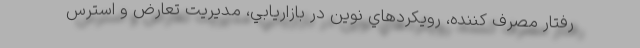
رفتار مصرف كننده، رويكردهاي نوين در بازاريابي، مديريت تعارض و استرس